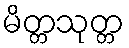
မိတ္တသုတ္တ